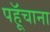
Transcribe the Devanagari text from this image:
पहूॅचाना